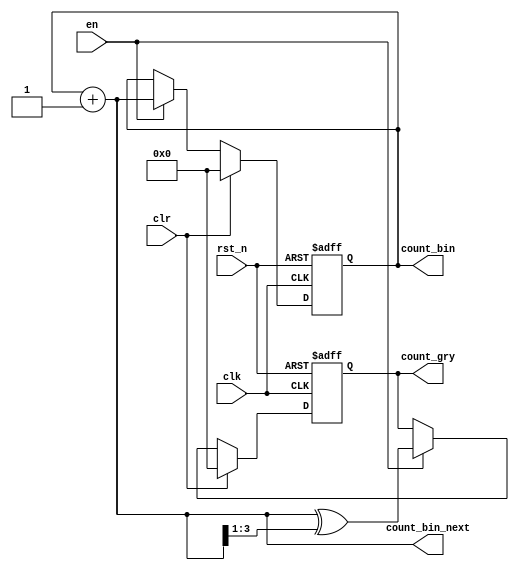
/**********************************************************************
 * DO WHAT THE FUCK YOU WANT TO AND DON'T BLAME US PUBLIC LICENSE     *
 *                    Version 3, April 2008                           *
 *                                                                    *
 * Copyright (C) 2018 Luke Wren                                       *
 *                                                                    *
 * Everyone is permitted to copy and distribute verbatim or modified  *
 * copies of this license document and accompanying software, and     *
 * changing either is allowed.                                        *
 *                                                                    *
 *   TERMS AND CONDITIONS FOR COPYING, DISTRIBUTION AND MODIFICATION  *
 *                                                                    *
 * 0. You just DO WHAT THE FUCK YOU WANT TO.                          *
 * 1. We're NOT RESPONSIBLE WHEN IT DOESN'T FUCKING WORK.             *
 *                                                                    *
 *********************************************************************/

 // A fully-synchronous Gray + binary dual up-counter

module gray_counter #(
	parameter W_CTR = 4
) (
	input  wire             clk,
	input  wire             rst_n,

	input  wire             en,
	input  wire             clr,
	output wire [W_CTR-1:0] count_bin,
	output wire [W_CTR-1:0] count_bin_next,
	output wire [W_CTR-1:0] count_gry
);

reg [W_CTR-1:0] ctr_bin;
(* keep = 1'b1 *)(* no_retiming = 1'b1 *) reg [W_CTR-1:0] ctr_gry;

assign count_bin = ctr_bin;
assign count_gry = ctr_gry;

assign count_bin_next = ctr_bin + 1'b1;

always @ (posedge clk or negedge rst_n) begin
	if (!rst_n) begin
		ctr_bin <= {W_CTR{1'b0}};
		ctr_gry <= {W_CTR{1'b0}};
	end else if (clr) begin
		ctr_bin <= {W_CTR{1'b0}};
		ctr_gry <= {W_CTR{1'b0}};
	end else if (en) begin
		ctr_bin <= count_bin_next;
		ctr_gry <= count_bin_next ^ (count_bin_next >> 1);
	end
end

endmodule